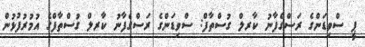
ޕީ ސްވިޑަންގެ ރަސްގެފާނު ކާރލް ގުސްތާފް: ސްވިޑަންގެ ރަސްގެފާނު ކާރލް ގުސްތާފްގެ އުމުރުފުޅުން